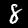
Digit: 8